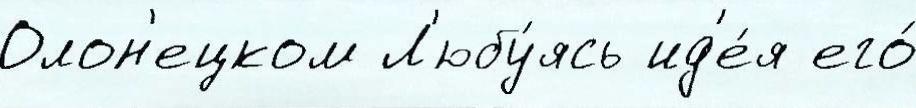
Олон'ецком Л'юбу́ясь ид'е́я его́